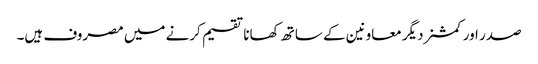
صدر اور کمشنردیگر معاونین کے ساتھ کھانا تقسیم کرنے میں مصروف ہیں۔